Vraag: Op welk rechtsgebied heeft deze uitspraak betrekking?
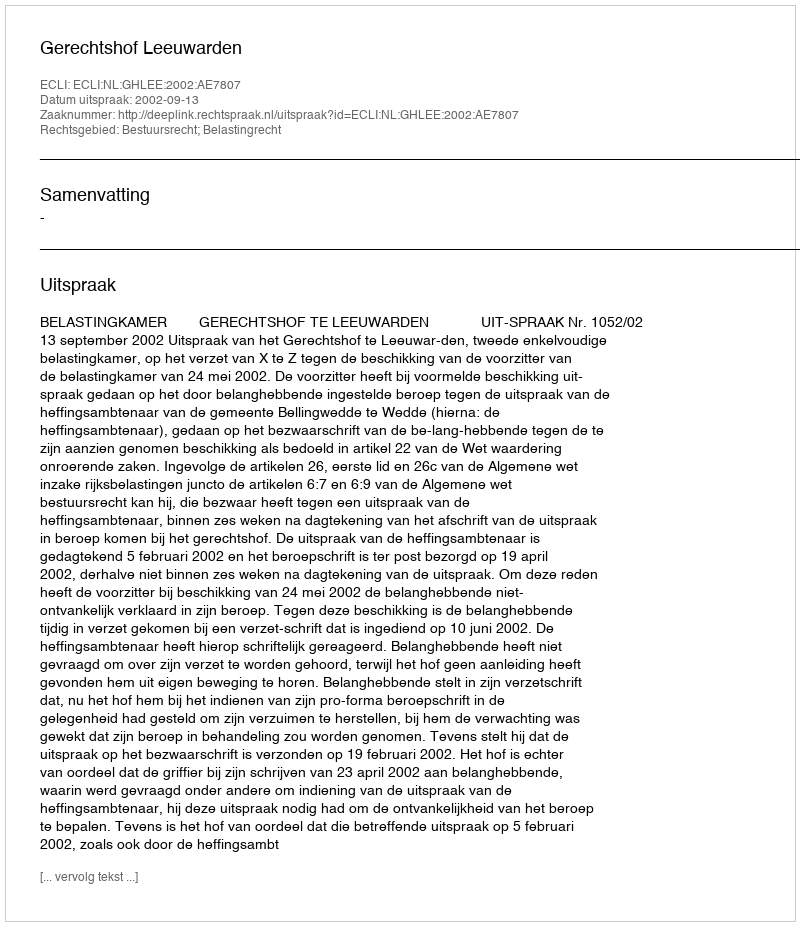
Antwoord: Bestuursrecht; Belastingrecht